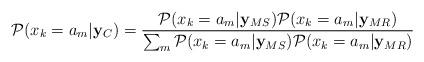
LaTeX: \begin{align*} \mathcal{P}(x_k = a_m|{\bf y}_{C}) = \frac{\mathcal{P}(x_k = a_m |{\bf y}_{MS})\mathcal{P}(x_k = a_m|{\bf y}_{MR})}{\sum_{m}\mathcal{P}(x_k = a_m|{\bf y}_{MS})\mathcal{P}(x_k = a_m|{\bf y}_{MR})}\end{align*}